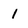
Character: I